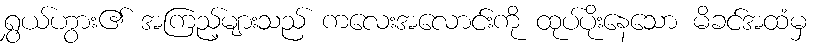
ရွှယ်ဟွား၏ အကြည့်များသည် ကလေးအလောင်းကို ထုပ်ပိုးနေသော မိခင်အထံမှ